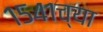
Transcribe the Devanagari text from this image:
१५४१च्या